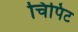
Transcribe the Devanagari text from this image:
चिपिट